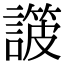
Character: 𧫸